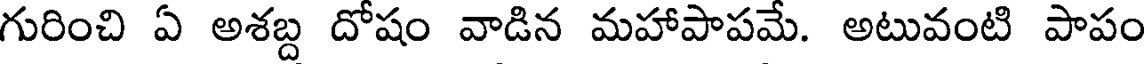
గురించి ఏ అశబ్ద దోషం వాడిన మహాపాపమే. అటువంటి పాపం